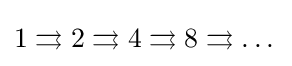
1\rightrightarrows 2\rightrightarrows 4\rightrightarrows 8\rightrightarrows \dots